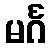
မင်္ဂ